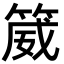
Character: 𬕚